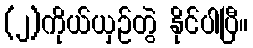
(၂)ကိုယ်ယှဉ်တွဲ နိုင်ပါပြီ။